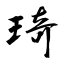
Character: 琦